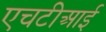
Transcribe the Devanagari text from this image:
एचटीआई